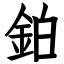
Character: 鉑